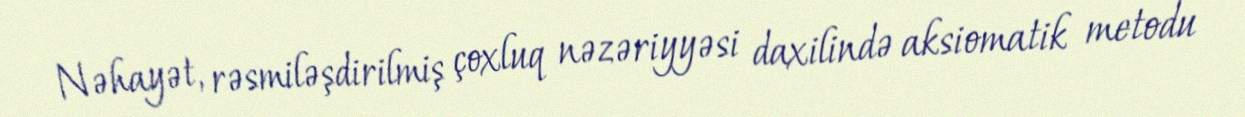
Nəhayət, rəsmiləşdirilmiş çoxluq nəzəriyyəsi daxilində aksiomatik metodu